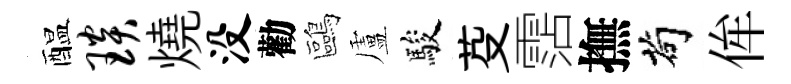
醖琰燒没勸鷗盧駿芟霑撫茍侔